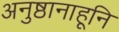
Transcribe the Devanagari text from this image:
अनुष्ठानाहूनि